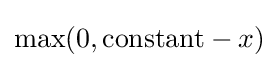
\max(0,{\text{constant}}-x)